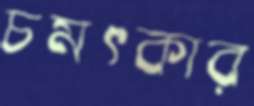
চমৎকার